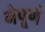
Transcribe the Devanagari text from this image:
नेपूर्ण